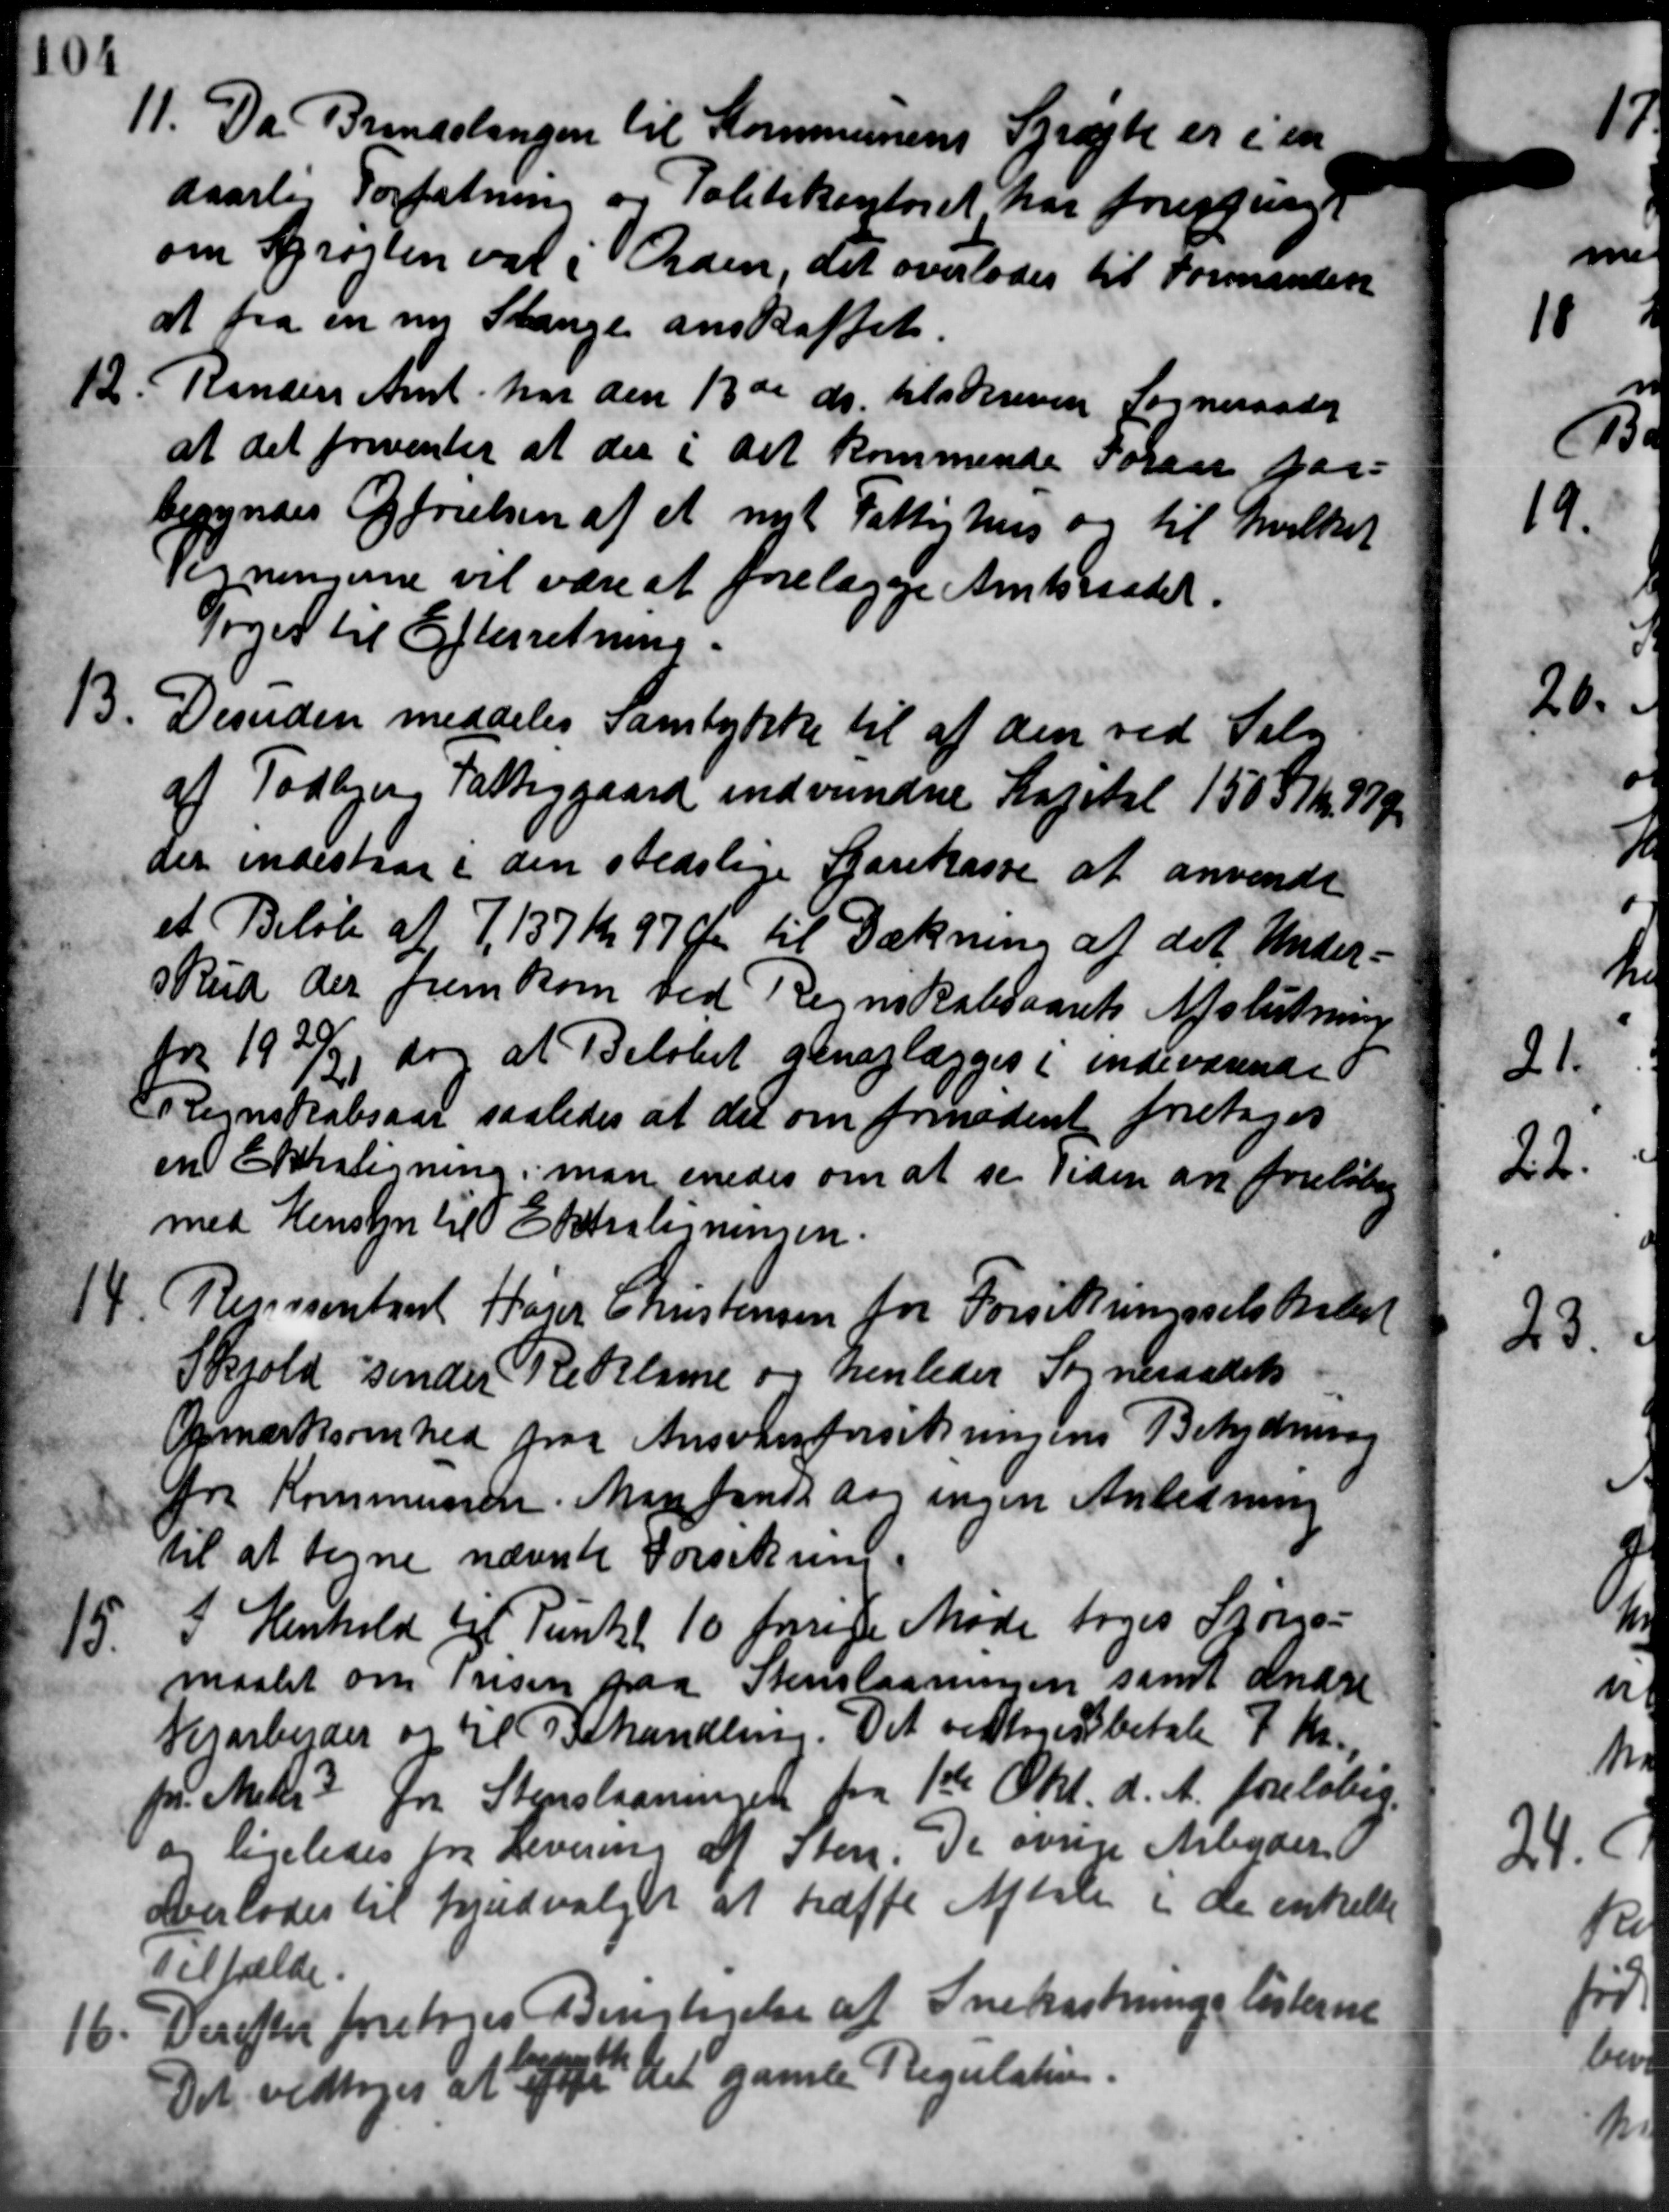
Transskription:
11. Da Brandslingen til Kommunens Sprøjte er i en
11. Da Brandslingen til Kommunens Sprøjte er i en
daarlig Forfatning og Politikontoret har forespurgt
om Sprøjten var i Orden, det overlodes til Formanden
at fra en ny Slange anskaffet.
12. Randers Amt har den 13de ds. tilskreven Sogneraadet
12. Randers Amt har den 13de ds. tilskreven Sogneraadet
at det freventer at der i det kommende Foraar paa-
begyndes frielsen af et nyt Fattighus og til hvilket
Tegningerne vil være at forelægge Amtsraadet.
Toges til Efterretning.
13. Desuden meddeles samtykke til af den ved Salg
13. Desuden meddeles samtykke til af den ved Salg
af Todbjerg Fattiggaard indvundne Kapital 1505 Kr. 87 Ø
der indestaar i den stedslige Sparekasse at anvendt
et Beløb af 7,137 Kr. 97 Øre til Dækning af det Under-
kud der fremkom ved Regnskabsaarets Afslutning
for 1920/21 dog at Beløbet genoplægges i indeværende
Regnskabsaar saaledes at det om forindent foretoges
en Ersligning, man enedes om at se Tiden an foreløb
med Hensyn til Entreligningen.
14. Revisontant Karer Christensen for Forsikringsselskabet
14. Revisontant Karer Christensen for Forsikringsselskabet
Skjold sender Reklame og henledes Sogneraadets
Opmærksomhed paa Ansvarsforsikringens Betydning
fra Kommunen. Man fandt aar ingen Anledning
til at tegne nævnte Forsikring.
15.
I Henhold af Punkt 10 forige Møde toges Spørgs-
maalet om Prisen paa Stenslagningen samt andre
Vejarbejder og til Behandling. Det vedtoges betale 7 Kr.
pr. Matr. fra Storslagningen fra 1ste Okt. d. A. foreløbig.
og ligeledes fra Levering af Sten. De øvrige Arbejder
overlodes til Vejudvalget at træffe Aftale i de enkelte
Tilfælde.
16. Derefter foretoges Berigtigelse af Snekastningslisterne
16. Derefter foretoges Berigtigelse af Snekastningslisterne
Det vedtoges at agte det gamle Regulatin.
6